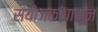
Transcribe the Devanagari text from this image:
संयोजकांपासून